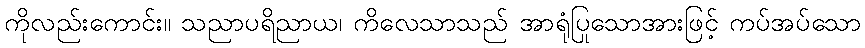
ကိုလည်းကောင်း။ သညာပရိညာယ၊ ကိလေသာသည် အာရုံပြုသောအားဖြင့် ကပ်အပ်သော